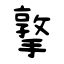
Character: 撉